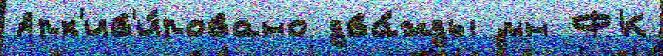
Арх'ив'и́ровано два́жды мн ФК